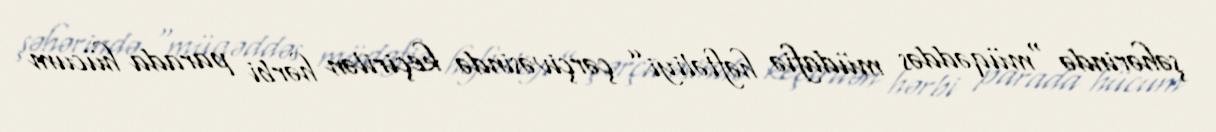
şəhərində “müqəddəs müdafiə həftəliyi” çərçivəsində keçirilən hərbi parada hücum